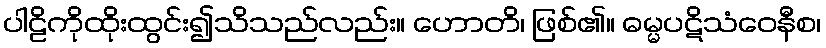
ပါဠိကိုထိုးထွင်း၍သိသည်လည်း။ ဟောတိ၊ ဖြစ်၏။ ဓမ္မပဋိသံဝေနီစ၊